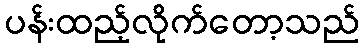
ပန်းထည့်လိုက်တော့သည်